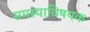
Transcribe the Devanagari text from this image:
समस्याविषयक